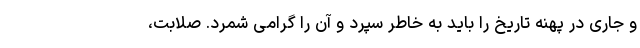
و جاری در پهنه تاریخ را باید به خاطر سپرد و آن را گرامی شمرد. صلابت،